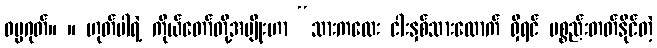
ဓမ္မဂုတ်။ ။ ဟုတ်ပါရဲ့ ကိုယ်တော်တို့အမျိုးဟာ “သားကလေး ငါးနှစ်သားလောက် ရှိရင် ပစ္စည်းတတ်နိုင်တဲ့